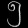
Digit: ၅